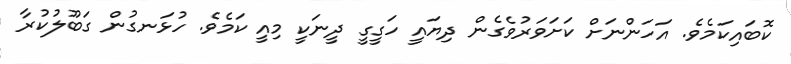
ކޮބައިކަމެވެ. އަހަންނަށް ކަށަވަރުވެގެން ދިޔައީ ހަގީގީ ދީނަކީ މިއީ ކަމެވެ. ހުޅަނގުން ގަބޫލުކުރާ